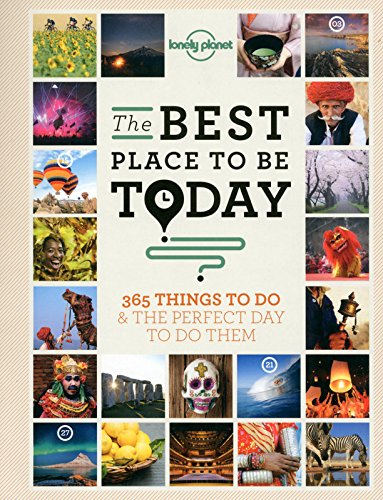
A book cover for The Best Place to be Today: 365 Things to do & the Perfect Day to do Them (General Reference); Lonely Planet; Reference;